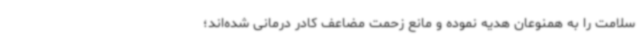
سلامت را به همنوعان هدیه نموده و مانع زحمت مضاعف کادر درمانی شده‌اند؛